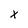
Character: X